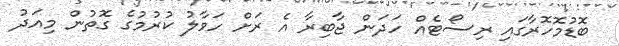
ބޮޑުމޮހޮރާގައި ރިސޯޓެއް ހަދަން ޖާބިރާ އެ ރަށް ހަވާލު ކުރުމުގެ ގޮތުން މިއަދު